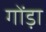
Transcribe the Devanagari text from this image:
गोंड़ा